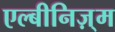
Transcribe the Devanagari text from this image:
एल्बीनिज़्म